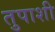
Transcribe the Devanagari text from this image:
तुपाशी